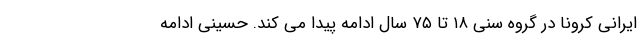
ایرانی کرونا در گروه سنی ۱۸ تا ۷۵ سال ادامه پیدا می کند. حسینی ادامه